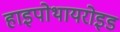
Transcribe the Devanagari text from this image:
हाइपोथायरोइड